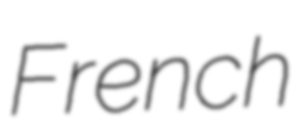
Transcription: French